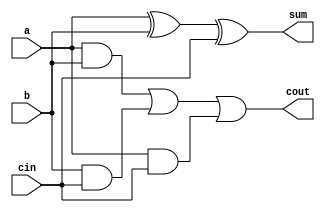
//Create a 100-bit binary ripple-carry adder by instantiating 100 full adders.
//The adder adds two 100-bit numbers and a carry-in to produce a 100-bit sum
//and carry out. 
module full_adder(
  input a, b, cin,
  output sum, cout
);
  
  assign {sum, cout} = {a^b^cin, ((a & b) | (b & cin) | (a & cin))};
 
endmodule

module top_module( 
    input [99:0] a, b,
    input cin,
    output [99:0] cout,
    output [99:0] sum );
genvar i;
    full_adder ADDR1(a[0],b[0],cin,sum[0],cout[0]);
   generate 
       for ( i=1;i<100;i=i+1)
           begin: B1
               full_adder ADDR(a[i],b[i],cout[i-1],sum[i],cout[i]);
           end
   endgenerate
    
                        endmodule